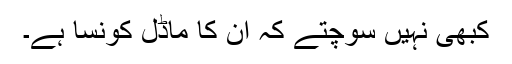
کبھی نہیں سوچتے کہ ان کا ماڈل کونسا ہے۔